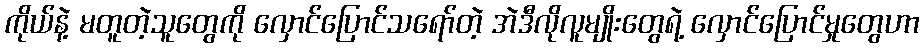
ကိုယ်နဲ့ မတူတဲ့သူတွေကို လှောင်ပြောင်သရော်တဲ့ အဲဒီလိုလူမျိုးတွေရဲ့ လှောင်ပြောင်မှုတွေဟာ